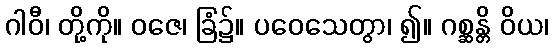
ဂါဝီ၊ တို့ကို။ ဝဇေ၊ ခြံ၌။ ပဝေသေတွာ၊ ၍။ ဂစ္ဆန္တိ ဝိယ၊